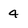
Character: 4